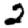
Digit: 2